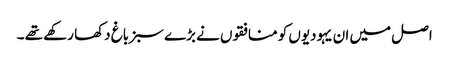
اصل میں ان یہودیوں کو منافقوں نے بڑے سبز باغ دکھا رکھے تھے ۔